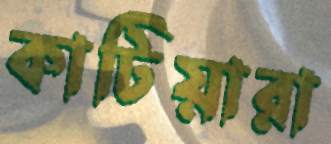
কাটিয়ারা